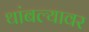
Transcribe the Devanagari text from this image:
थांबल्यावर